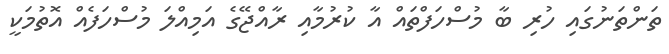
ތަންތަނުގައި ހުރި ބާ މުސްހަފްތައް އާ ކުރުމާއި ރާއްޖޭގެ އަމިއްލަ މުސްހަފެއް އޮތުމަކީ